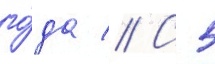
го́да // С 5